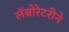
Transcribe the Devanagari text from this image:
लॅबोरेटरीने